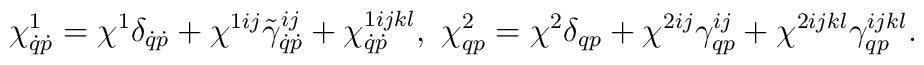
\chi^1_{\dot q\dot p}=\chi^1\delta_{\dot q\dot p}+\chi^{1ij}\tilde\gamma^{ij}_{\dot q\dot p}+\chi^{1ijkl}_{\dot q\dot p},\ \chi^2_{qp}=\chi^2\delta_{qp}+\chi^{2ij}\gamma^{ij}_{qp}+\chi^{2ijkl}\gamma^{ijkl}_{qp}.